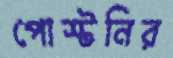
পোস্টনির